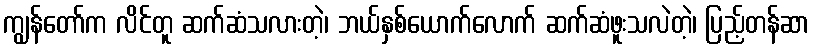
ကျွန်တော်က လိင်တူ ဆက်ဆံသလားတဲ့၊ ဘယ်နှစ်ယောက်လောက် ဆက်ဆံဖူးသလဲတဲ့၊ ပြည့်တန်ဆာ